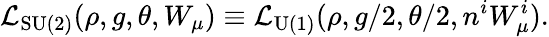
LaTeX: {\cal L}_{\mathrm{SU(2)}}(\rho,g,\theta,W_{\mu})\equiv{\cal L}_{\mathrm{U(1)}}(\rho,g/2,\theta/2,n^{i}W_{\mu}^{i}).